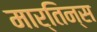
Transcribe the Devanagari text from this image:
मार्तिन्स